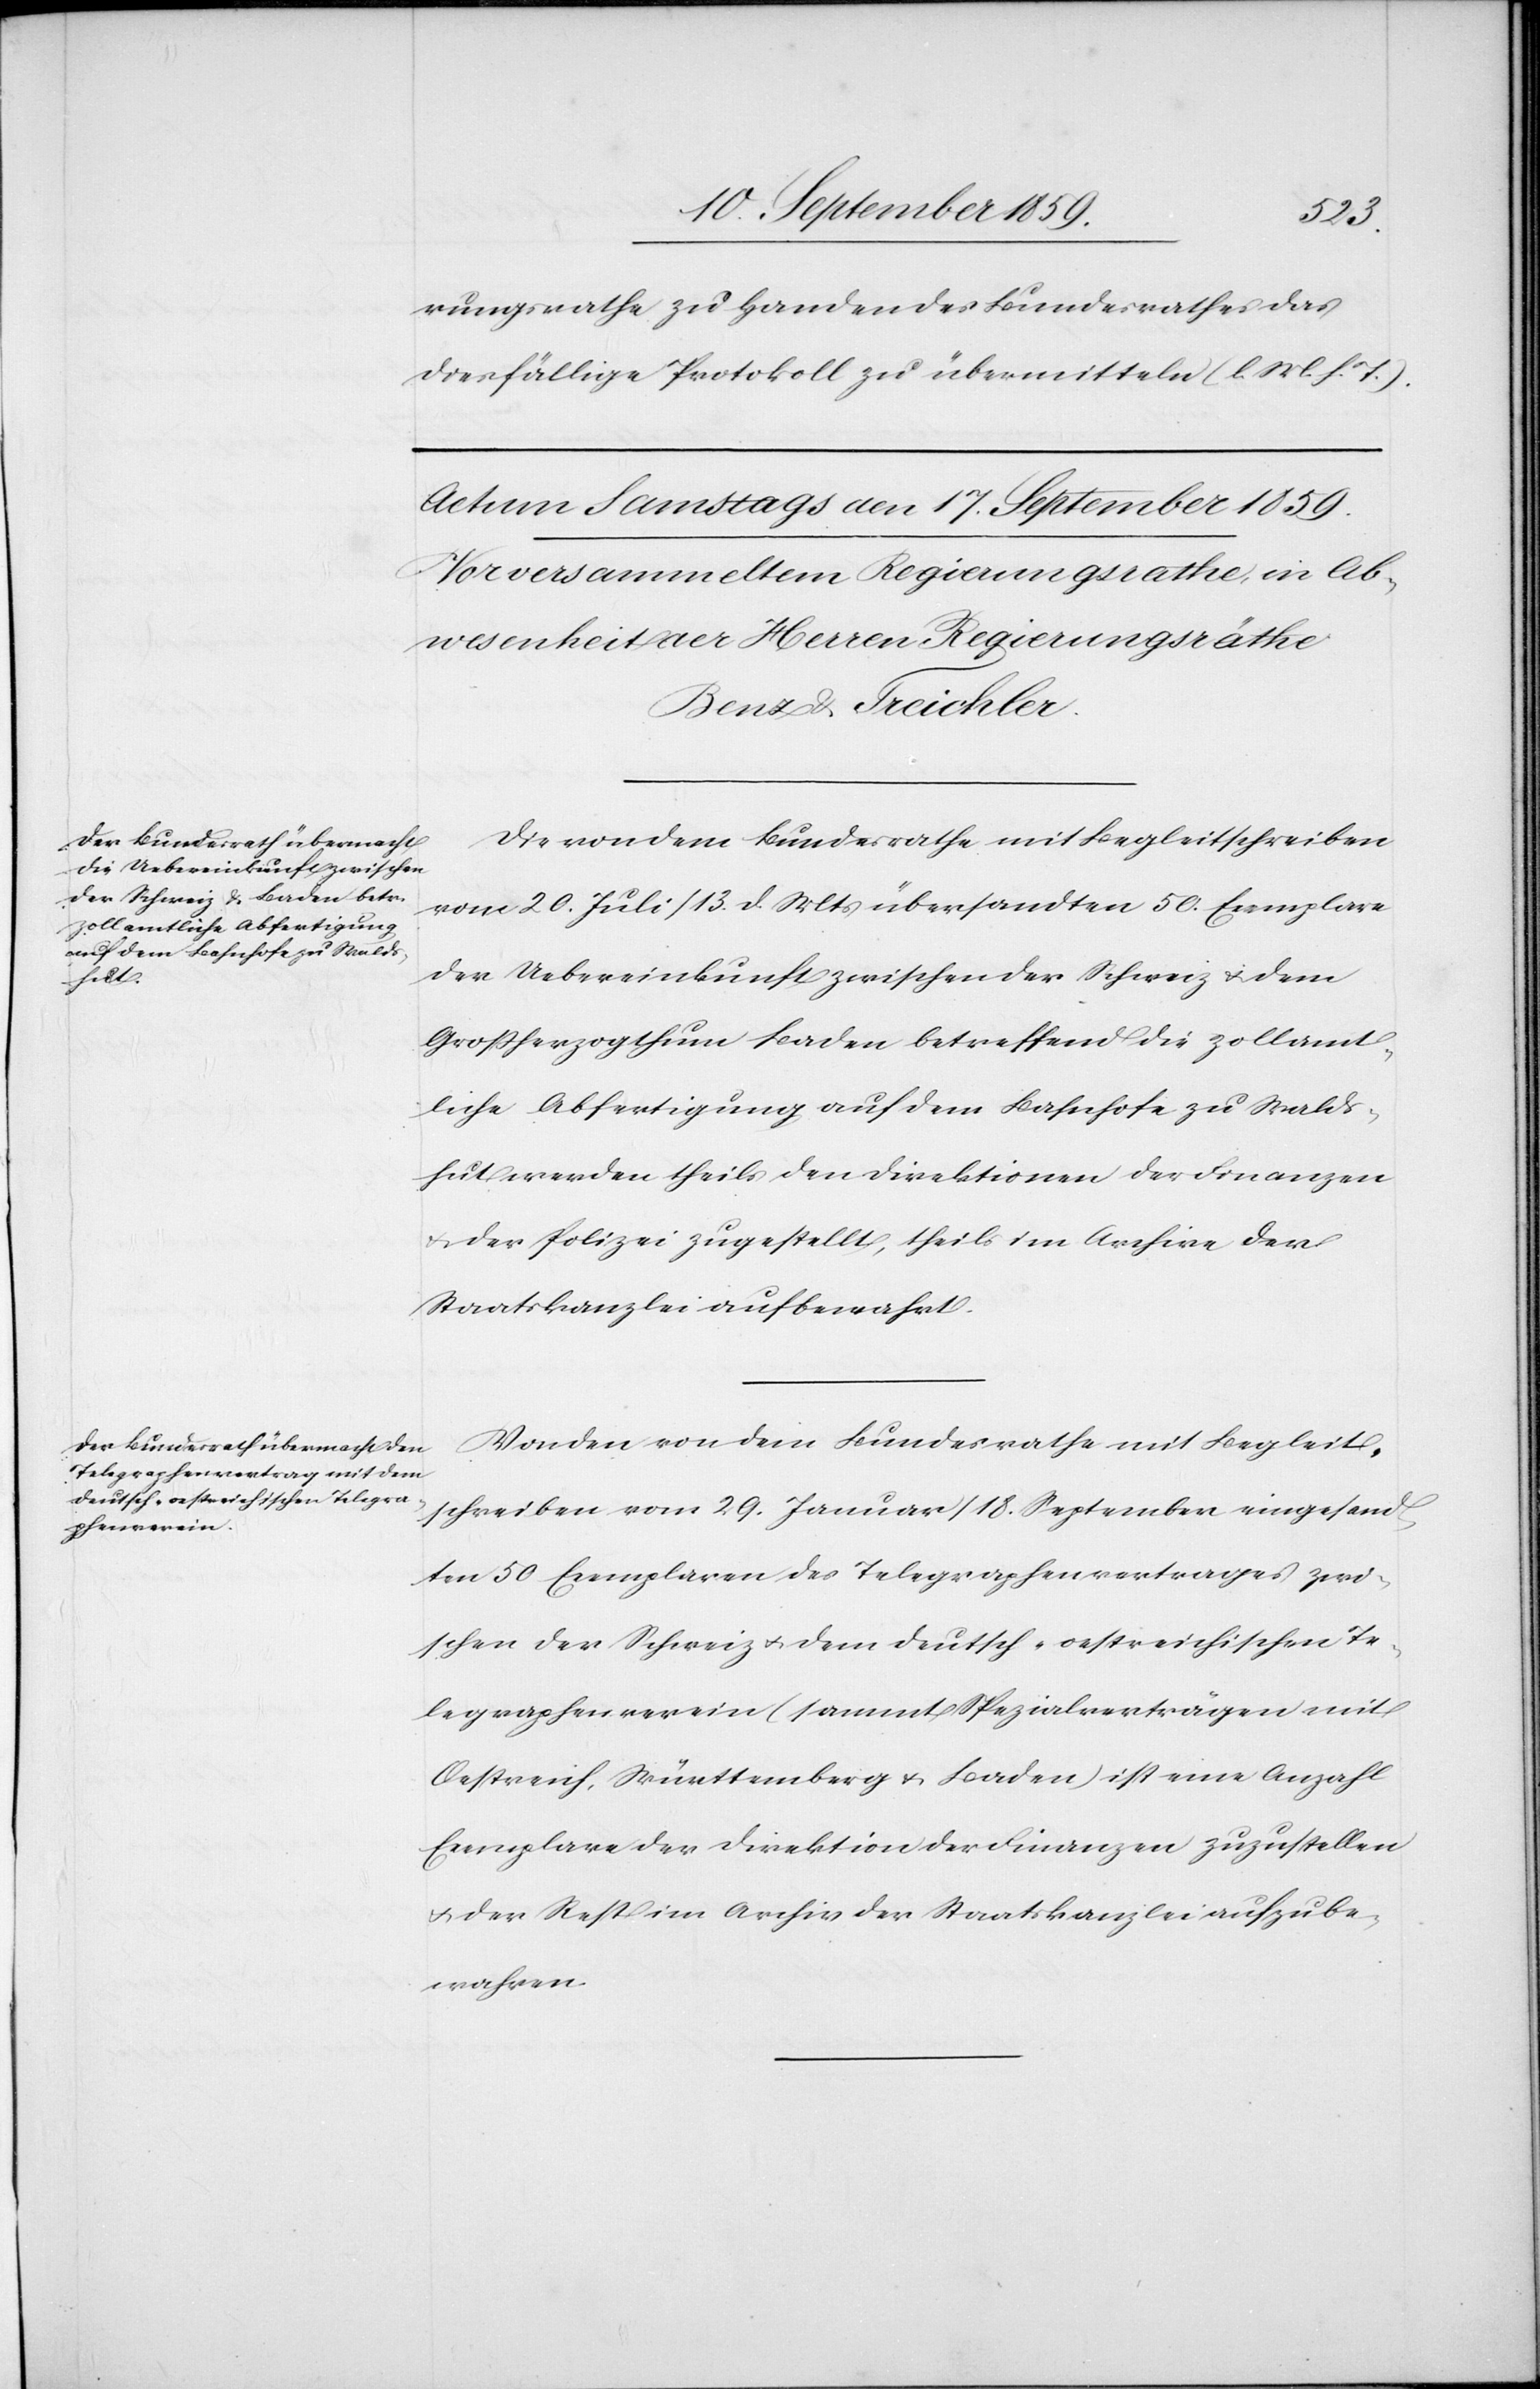
rungsrathe zu Handen des Bundesrathes das
diesfällige Protokoll zu übermitteln (l. M. h. T.).
Die von dem Bundesrathe mit Begleitschreiben
vom 20. Juli/13. d. Mts. übersandten 50. Exemplare
der Uebereinkunft zwischen der Schweiz & dem
Großherzogthum Baden betreffend die zollamt¬
liche Abfertigung auf dem Bahnhofe zu Walds¬
hut werden theils den Direktionen der Finanzen
& der Polizei zugestellt, theils im Archive der
Staatskanzlei aufbewahrt.
Von den von dem Bundesrath mit Begleit¬
schreiben vom 29. Januar/18. September eingesand¬
ten 50 Exemplaren des Telegraphenvertrages zwi¬
schen der Schweiz & dem deutsch-oestreichischen Te¬
legraphenverein (sammt Spezialverträgen mit
Oestreich, Württemberg & Baden) ist eine Anzahl
Exemplare der Direktion der Finanzen zuzustellen
& der Rest im Archiv der Staatskanzlei aufzube¬
wahren.